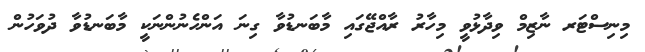
މިނިސްޓަރ ނާޒިމް ވިދާޅުވީ މިހާރު ރާއްޖޭގައި މާބަނޑުވާ ގިނަ އަންހެނުންނަކީ މާބަނޑުވާ ދުވަހުން